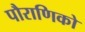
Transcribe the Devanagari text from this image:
पौराणिको